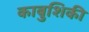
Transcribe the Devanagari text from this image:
काबुशिकी